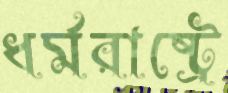
ধর্মরাষ্ট্রে